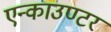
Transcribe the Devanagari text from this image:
एन्काउण्टर